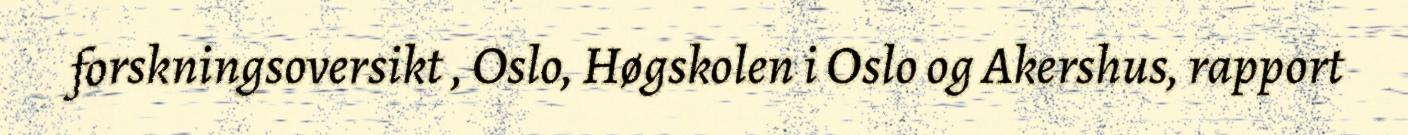
forskningsoversikt , Oslo, Høgskolen i Oslo og Akershus, rapport